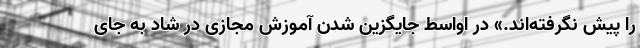
را پیش نگرفته‌اند.» در اواسط جایگزین شدن آموزش مجازی در شاد به جای